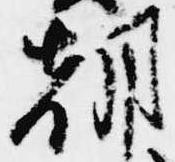
朝